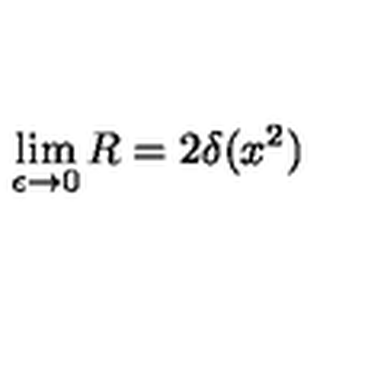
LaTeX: \lim _ { \epsilon \to 0 } R = 2 \delta ( x ^ { 2 } )